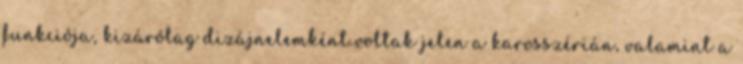
funkciója, kizárólag dizájnelemként voltak jelen a karosszérián, valamint a